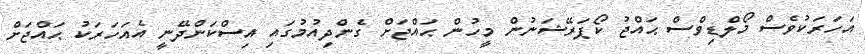
އަހަރަކުވެސް މޯލްޑިވްސް ޙައްޖު ކޯޕަރޭޝަނުން މީހުން ޙައްޖަށް ގެންދިއުމުގައި އިސްކަންދޭނީ އެއަހަރަކު ޙައްޖަށް